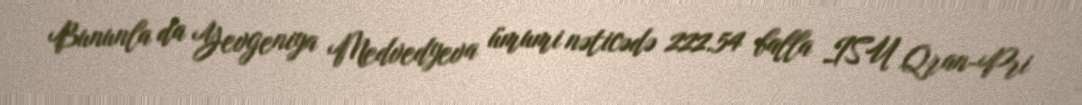
Bununla da Yevgeniya Medvedyeva ümumi nəticədə 222.54 balla ISU Qran-Pri